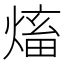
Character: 𱫺